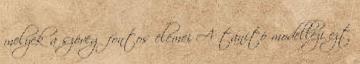
melyek a szöveg fontos elemei A tanító modellezi ezt